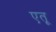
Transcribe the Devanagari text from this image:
एतू